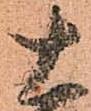
十